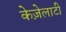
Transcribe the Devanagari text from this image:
केज़ेलाटी